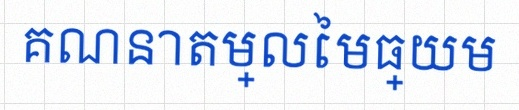
គណនាតម្លៃមធ្យម